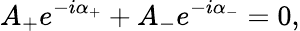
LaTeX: A_{+}e^{-i\alpha_{+}}+A_{-}e^{-i\alpha_{-}}=0,